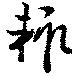
輙